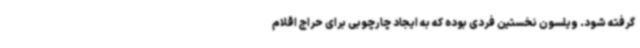
گرفته شود. ویلسون نخستین فردی بوده که به ایجاد چارچوبی برای حراج اقلام